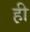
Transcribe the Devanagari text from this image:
ह़ी